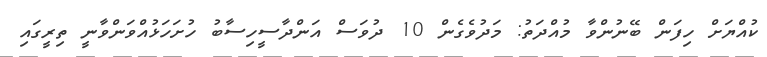
ކުއްޔަށް ހިފަން ބޭނުންވާ މުއްދަތު: މަދުވެގެން 10 ދުވަސް އަންދާސީހިސާބު ހުށަހަޅުއްވަންވާނީ ތިރީގައި